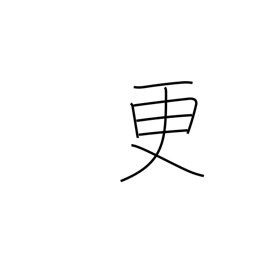
Meaning: renovate